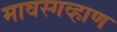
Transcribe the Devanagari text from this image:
मावस्गव्हाण